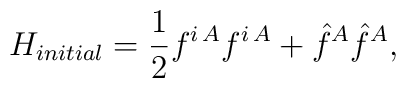
H_{initial}=\frac{1}{2} f^{i\,A} f^{i\, A}+ \hat{f}^A\hat{f}^A,